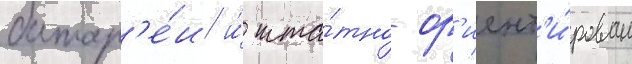
батар'е́и и́ шта́тно ор'иент'и́рован